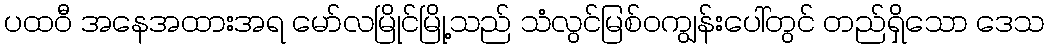
ပထဝီ အနေအထားအရ မော်လမြိုင်မြို့သည် သံလွင်မြစ်ဝကျွန်းပေါ်တွင် တည်ရှိသော ဒေသ